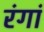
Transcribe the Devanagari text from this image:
रंगां